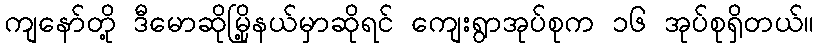
ကျနော်တို့ ဒီမောဆိုမြို့နယ်မှာဆိုရင် ကျေးရွာအုပ်စုက ၁၆ အုပ်စုရှိတယ်။